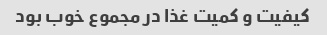
کیفیت و کمیت غذا در مجموع خوب بود